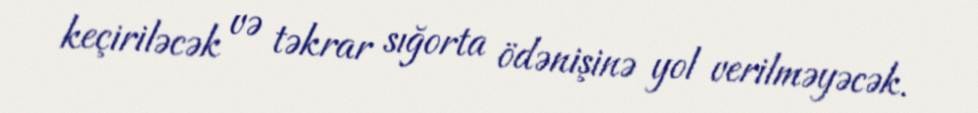
keçiriləcək və təkrar sığorta ödənişinə yol verilməyəcək.